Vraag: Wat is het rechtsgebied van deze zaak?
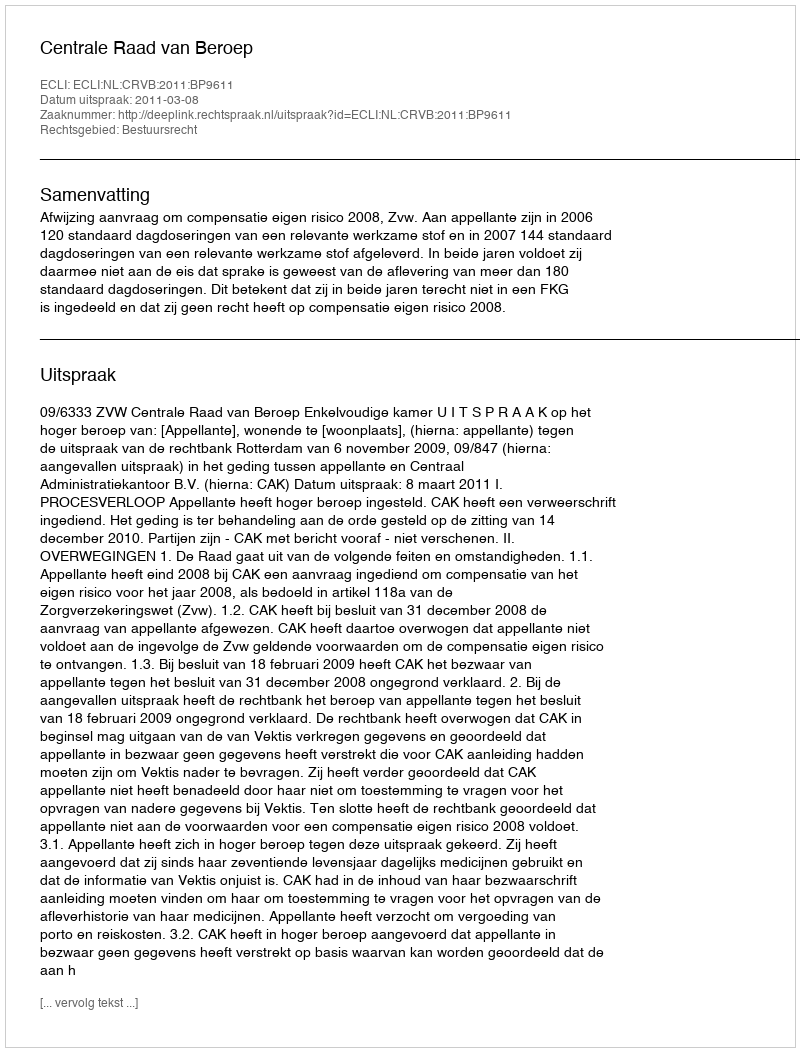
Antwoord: Bestuursrecht